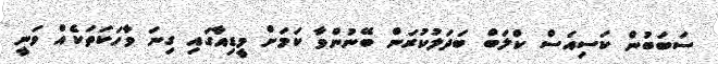
ސަބަބުން ކަސިއަސް ކްލަބް ބަދަލުކުރަން ބޭނުންވާ ކަމަށް މީޑިއާގައި ގިނަ ވާހަކަތަކެއް ވަނީ